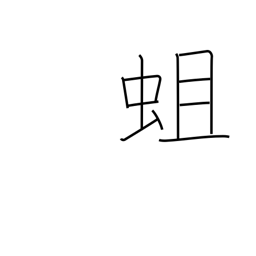
Meaning: grub